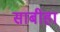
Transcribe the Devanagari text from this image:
साबीहा